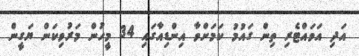
އަދި އަވައްޓެރި ތިން ގައުމު ކަމަށްވާ އިންޑިއާގައި 34 މީހުން މަރުވިކަން ޔަގީން